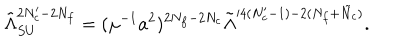
\tilde { \Lambda } _ { S U } ^ { 2 N _ { c } ^ { \prime } - 2 N _ { f } } = ( \mu ^ { - 1 } a ^ { 2 } ) ^ { 2 N _ { f } - 2 N _ { c } } \tilde { \Lambda } ^ { \prime 4 ( N _ { c } ^ { \prime } - 1 ) - 2 ( N _ { f } + \tilde { N } _ { c } ) } .